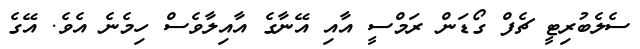
ސެލެބުރިޓީ ޗެފް ގޯޑަން ރަމްސީ އާއި އޭނާގެ އާއިލާވެސް ހިމެނެ އެވެ. އޭގެ